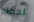
لحمام